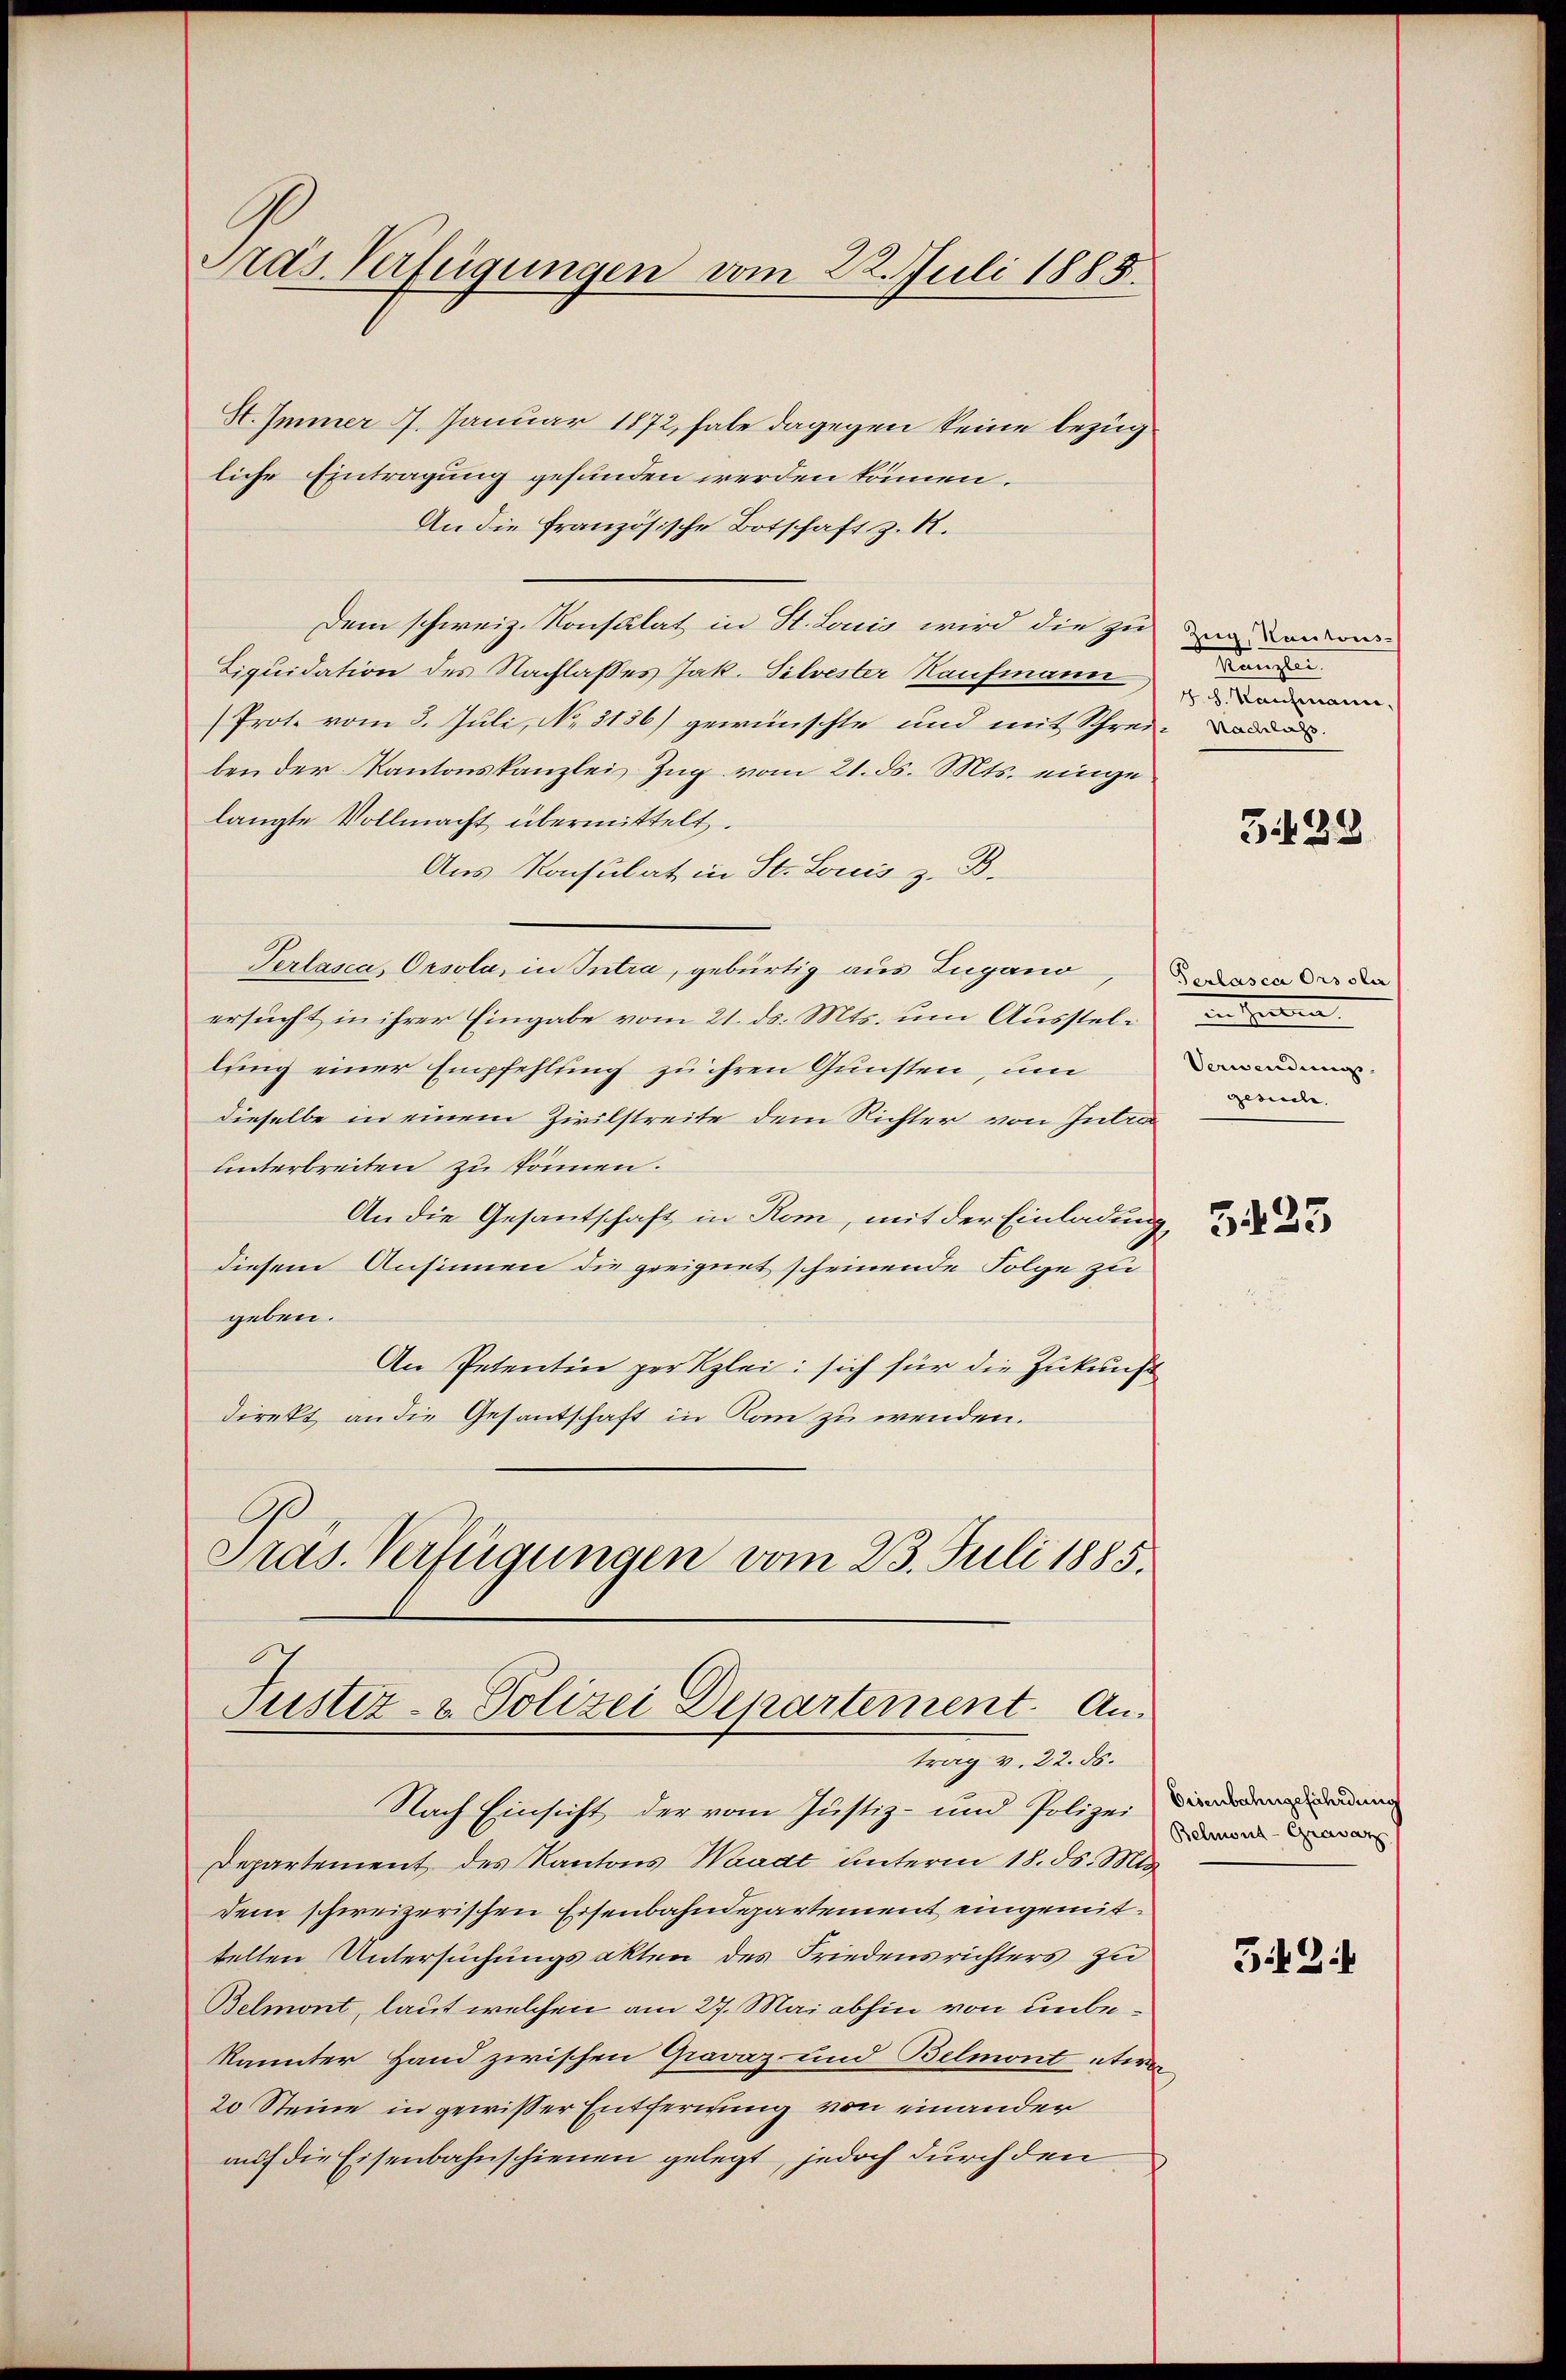
Präs. Verfügungen vom 22. Juli 1885.

St. Immer 17. Januar 1872, habe dagegen keine bezügliche Eintragung gefunden werden können.
An die Französische Botschaft z. R.
Dem schweiz. Konsulat in St. Louis wird die zu
Liquidation des Nachlasses Jak. Silvester Kaufmann
(Prote vom 8. Juli, No. 3136) gewünschte und mit Schrei-
bender Kantonskanzlei Zug vom 21. ds. Mts. eingelangte Vollmacht übermittelt.
Aus Konsulat in St. Louis z. B.
Terlasca, Orsola, in Intra, gebürtig aus Lugano, de
ersucht in ihrer Eingabe vom 21. ds. Mts. um Ausstellung einer Empfehlung zu ihren Gunsten, um
dieselbe in einem Zivilstreite dem Richter von Intra
unterbreiten zu können.
An die Gesantschaft in Rom, mit der Einladung
diesem Ansinnen die geeignet scheinende Folge zu
geben.
An Petentin per Klei: sich für die Zukunft
direkt an die Gesantschaft in Rom zu wenden.
Pras. Verfügungen vom 23. Juli 1885.

Tustiz- & Polizei Departement. Antrag v. 22. ds.

Nach Einsicht der vom Justiz- und Polizei
Departement des Kantons Waadt unterm 18. ds. Mts
dem schweizerischen Eisenbahndepartement eingemittelten Untersuchungsakten des Friedensrichters zu
Belmont, laut welchen am 27. Mai abhin von unbekannter Hand zwischen Gravaz- und Belmont etwa
20 Steine in gewisser Entfernung von einander
auf die Eisenbahnschienen gelegt, jedoch durch den

Zug, Kantons-
Kanzle
v. h. Kaufmann,

3489

ven einen
Verwendung.
gesuche.

5423

Disenbahngefährdung
Belmont-Grasazz

5.8.1